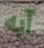
آبه